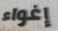
إغواء